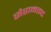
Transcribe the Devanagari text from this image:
सेरानाइट